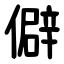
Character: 僻